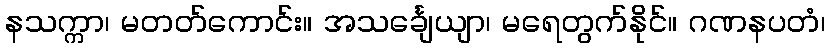
နသက္ကာ၊ မတတ်ကောင်း။ အသင်္ချေယျာ၊ မရေတွက်နိုင်။ ဂဏနပတံ၊